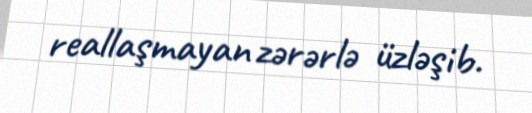
reallaşmayan zərərlə üzləşib.